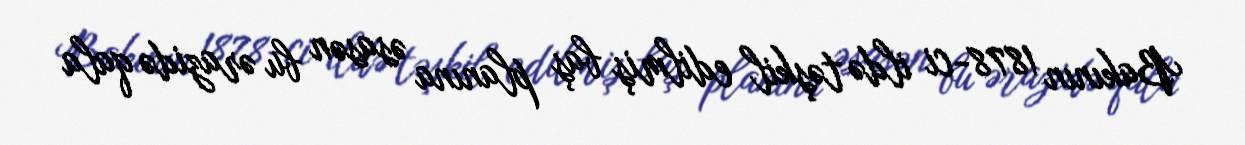
Bakının 1878-ci ildə təşkil edilmiş baş planına əsasən bu ərazidə qala